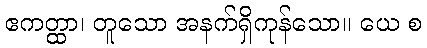
ဧကတ္ထာ၊ တူသော အနက်ရှိကုန်သော။ ယေ စ